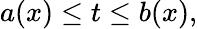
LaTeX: a(x)\leq t\leq b(x),